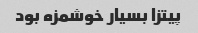
پیتزا بسیار خوشمزه بود